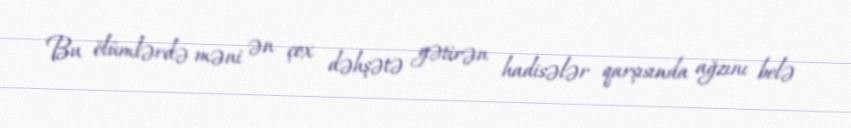
Bu ölümlərdə məni ən çox dəhşətə gətirən hadisələr qarşısında ağzını belə